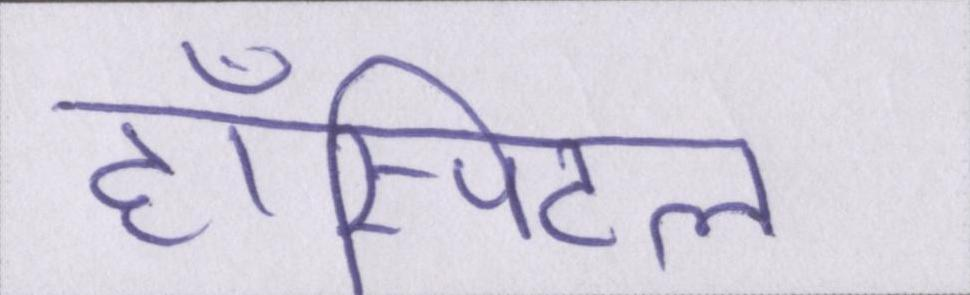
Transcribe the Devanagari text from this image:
हॉस्पिटल